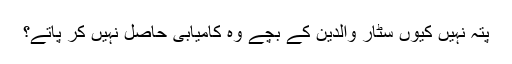
پتہ نہیں کیوں سٹار والدین کے بچے وہ کامیابی حاصل نہیں کر پاتے؟